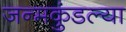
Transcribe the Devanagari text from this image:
जन्मकुंडल्या